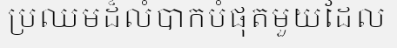
ប្រឈមដ៏លំបាកបំផុតមួយដែល